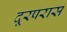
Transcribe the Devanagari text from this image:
दूरपरास